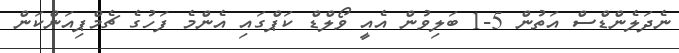
ނެދަލެންޑްސް އަތުން 5-1 ބަލިވުން އެއީ ވޯލްޑް ކަޕްގައި އެންމެ ފަހުގެ ޗެމްޕިއަންކަން